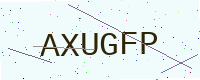
Text: AXUGFP